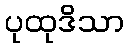
ပုထုဒိသာ